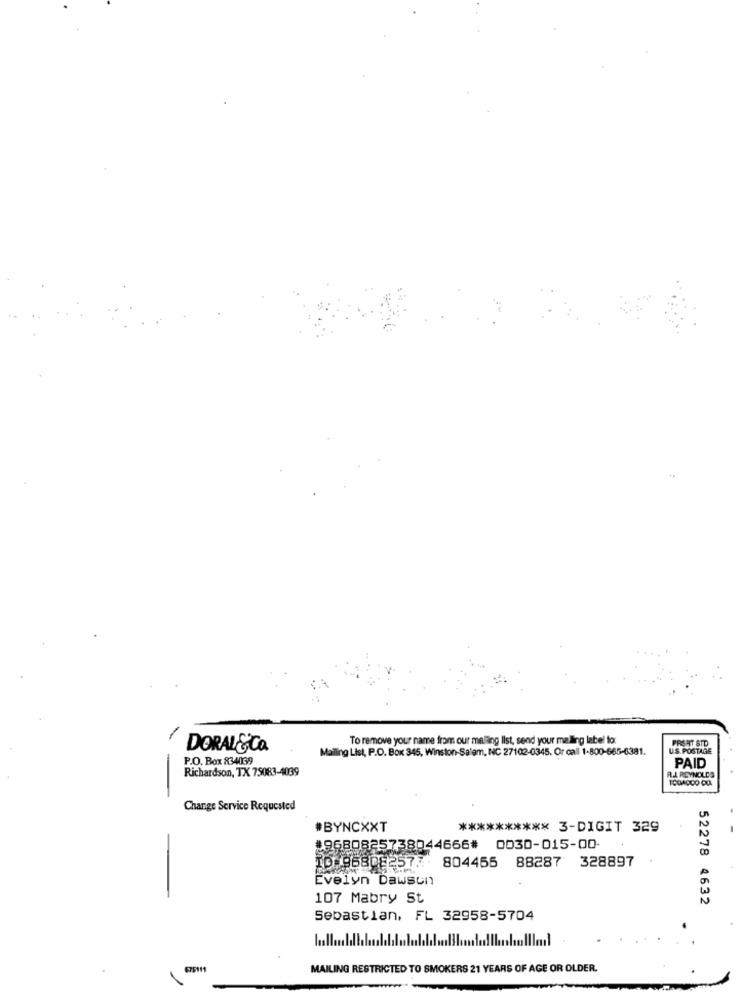
To remove your name from our meling list, send your malling label to:
FRSHIT STD
DORAL&CO
Mailing List, P.O. Box 345, Winston-Salem, NC 27102-0345. Or call 1-800-665-6381.
US. POSTAGE
P.O. Box 834039
Richardson, TX 75083-4039
PAID
-
F.J. REYNOLDS
Change Service Requested
#BYNCXXT
********** 3-DIGIT 329
#9680825738044666# 0030-015-00-
10 96808257: 804455 88287 328897
Evelyn Dawson
107 Mabry St
52278 4632
Sebastian, FL 32958-5704
MAILING RESTRICTED TO SMOKERS 21 YEARS OF AGE OR OLDER.